Indian journal of veterinary science and animal husbandry - Volumes 15-17, 1948-1951
Year: 1948
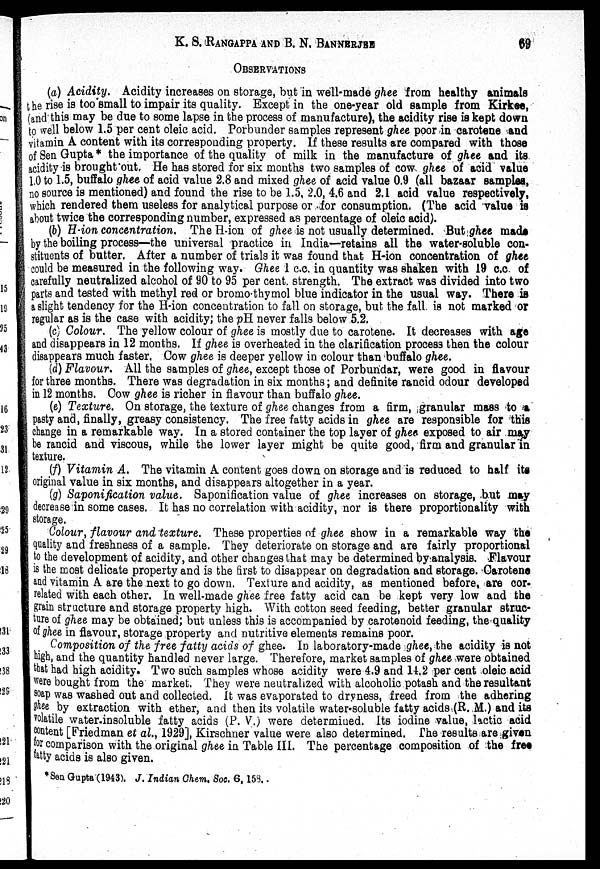
K. S. RANGAPPA AND B. N. BANNERJEE 69
OBSERVATIONS
(a) Acidity. Acidity increases on storage, but in well-made ghee from healthy animals
the rise is too small to impair its quality. Except in the one-year old sample from Kirkee,
(and this may be due to some lapse in the process of manufacture), the acidity rise is kept down
to well below 1.5 per cent oleic acid. Porbunder samples represent ghee poor in carotene and
vitamin A content with its corresponding property. If these results are compared with those
of Sen Gupta * the importance of the quality of milk in the manufacture of ghee and its
acidity is brought out, He has stored for six months two samples of cow ghee of acid value
1. 0 to 1.5, buffalo ghee of acid value 2.8 and mixed ghee of acid value 0.9 (all bazaar samples,
no source is mentioned) and found the rise to be 1.5, 2.0, 4.6 and 2.1 acid value respectively,
which rendered them useless for analytical purpose or .for consumption. (The acid value is
about twice the corresponding number, expressed as percentage of oleic acid).
(b) H-ion concentration. The H-ion of ghee is not usually determined. But ghee made
by the boiling process—the universal practice in India—retains all the water-soluble con-
stituents of butter. After a number of trials it was found that H-ion concentration of ghee
could be measured in the following way. Ghee 1 c.c. in quantity was shaken with 19 c.c. of
carefully neutralized alcohol of 90 to 95 per cent. strength. The extract was divided into two
parts and tested with methyl red or bromo thymol blue indicator in the usual way. There is
a slight tendency for the H-ion concentration to fall on storage, but the fall is not marked or
regular as is the case with acidity; the pH never falls below 5.2.
(c) Colour. The yellow colour of ghee is mostly due to carotene. It decreases with age
and disappears in 12 months. If ghee is overheated in the clarification process then the colour
disappears much faster. Cow ghee is deeper yellow in colour than buffalo ghee.
(d) Flavour. All the samples of ghee, except those of Porbundar, were good in flavour
for three months. There was degradation in six months; and definite rancid odour developed
in 12 months. Cow ghee is richer in flavour than buffalo ghee.
(e) Texture. On storage, the texture of ghee changes from a firm, granular mass to a
pasty and, finally, greasy consistency. The free fatty acids in ghee are responsible for this
change in a remarkable way. In a stored container the top layer of ghee exposed to air may
be rancid and viscous, while the lower layer might be quite good, firm and granular in
texture.
(f) Vitamin A. The vitamin A content goes down on storage and is reduced to half its
original value in six months, and disappears altogether in a year.
(g) Saponification value. Saponification value of ghee increases on storage, but may
decrease in some cases. It has no correlation with acidity, nor is there proportionality with
storage.
Colour, flavour and texture. These properties of ghee show in a remarkable way the
quality and freshness of a sample. They deteriorate on storage and are fairly proportional
to the development of acidity, and other changes that may be determined by analysis. Flavour
is the most delicate property and is the first to disappear on degradation and storage. Carotene
and vitamin A are the next to go down. Texture and acidity, as mentioned before, are cor-
related with each other. In well-made ghee free fatty acid can be kept very low and the
grain structure and storage property high. With cotton seed feeding, better granular struc-
ture of ghee may be obtained; but unless this is accompanied by carotenoid feeding, the quality
of ghee in flavour, storage property and nutritive elements remains poor.
Composition of the free fatty acids of ghee. In laboratory-made ghee, the acidity is not
high, and the quantity handled never large. Therefore, market samples of ghee were obtained
that had high acidity. Two such samples whose acidity were 4.9 and 14.2 per cent oleic acid
were bought from the market. They were neutralized with alcoholic potash and the resultant
soap was washed out and collected. It was evaporated to dryness, freed from the adhering
ghee by extraction with ether, and then its volatile water soluble fatty acids (R. M.) and its
volatile water-insoluble fatty acids (P. V.) were determined. Its iodine value, lactic acid
content [Friedman et al., 1929], Kirschner value were also determined. The results are given
for comparison with the original ghee in Table III. The percentage composition of the free
fatty acids is also given.
*Sen Gupta (1943). J. Indian Chem. Soc. 6, 158.